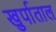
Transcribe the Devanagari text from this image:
खुर्पाताल